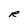
Character: R